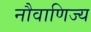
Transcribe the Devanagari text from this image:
नौवाणिज्य